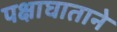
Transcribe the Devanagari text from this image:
पक्षाघाताने